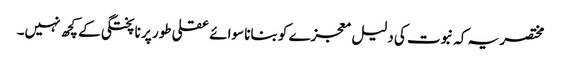
مختصر یہ کہ نبوت کی دلیل معجزے کو بنانا سوائے عقلی طور پر ناپختگی کے کچھ نہیں۔